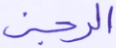
الرجز